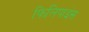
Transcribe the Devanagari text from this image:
फिलिपाइंस